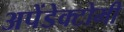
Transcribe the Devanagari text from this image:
अपेंडेक्टोमी